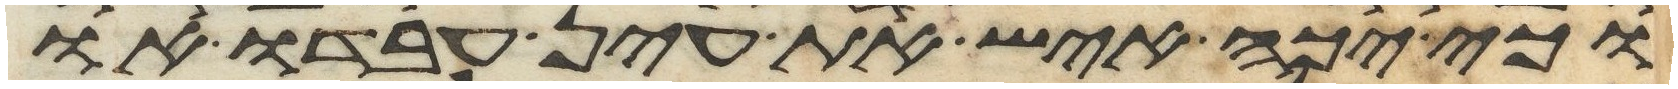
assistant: וכי יכה איש את עין עבדו או